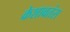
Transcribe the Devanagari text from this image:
केशावतंस